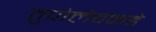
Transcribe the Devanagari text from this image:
तुपोलेवकडे